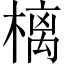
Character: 樆